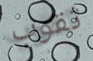
ثقوب